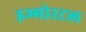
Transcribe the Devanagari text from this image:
इम्मोरटल